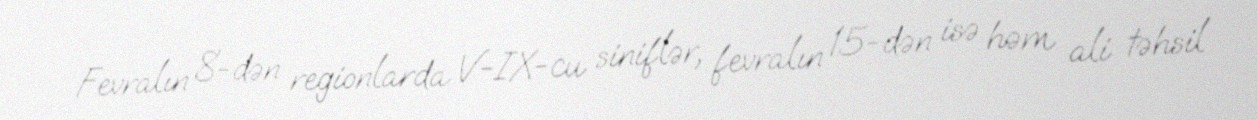
Fevralın 8-dən regionlarda V-IX-cu siniflər, fevralın 15-dən isə həm ali təhsil